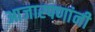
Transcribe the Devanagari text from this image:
आजारपणांनी